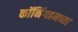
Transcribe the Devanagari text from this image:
कॉनिंगहमच्या